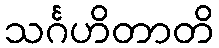
သင်္ဂဟိတာတိ